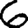
Digit: 6